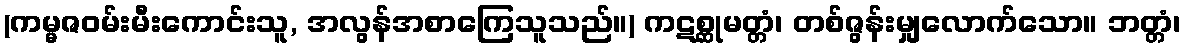
(ကမ္မဇဝမ်းမီးကောင်းသူ, အလွန်အစာကြေသူသည်။) ကဋစ္ဆုမတ္တံ၊ တစ်ဇွန်းမျှလောက်သော။ ဘတ္တံ၊